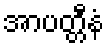
အာပတ္တီနံ